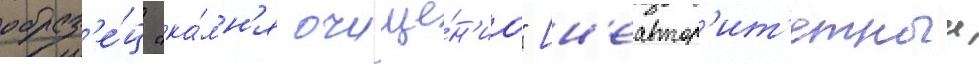
образ'е́ц "ка́мн'я очище́н'иа" [н'еавтор'ит'етныи